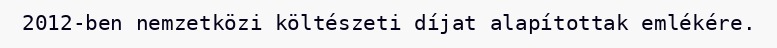
2012-ben nemzetközi költészeti díjat alapítottak emlékére.